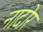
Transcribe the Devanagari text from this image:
नादोर